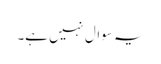
یہ سوال نہیں ہے۔